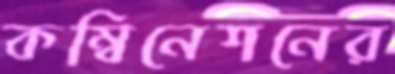
কম্বিনেশনের